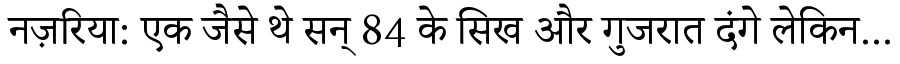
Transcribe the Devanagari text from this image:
नज़रिया: एक जैसे थे सन् 84 के सिख और गुजरात दंगे लेकिन...